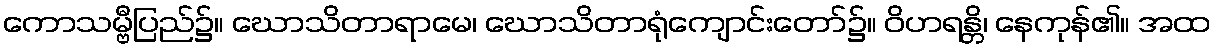
ကောသမ္ဗီပြည်၌။ ဃောသိတာရာမေ၊ ဃောသိတာရုံကျောင်းတော်၌။ ဝိဟရန္တိ၊ နေကုန်၏။ အထ